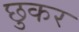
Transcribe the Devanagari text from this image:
छुकर